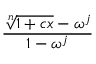
{ \frac { \root n \of { 1 + c x } - \omega ^ { j } } { 1 - \omega ^ { j } } }